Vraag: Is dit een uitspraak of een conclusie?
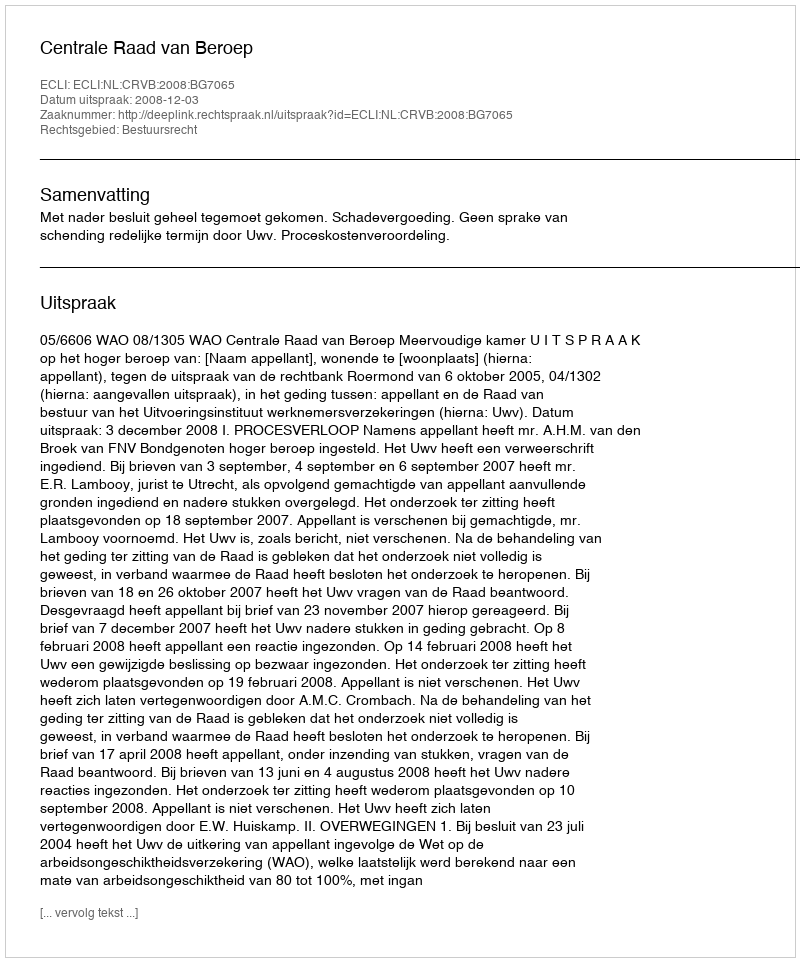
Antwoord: Uitspraak